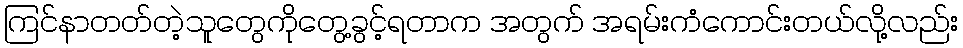
ကြင်နာတတ်တဲ့သူတွေကိုတွေ့ခွင့်ရတာက အတွက် အရမ်းကံကောင်းတယ်လို့လည်း